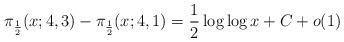
LaTeX: \begin{align*}\pi_{\frac{1}{2}}(x; 4, 3)-\pi_{\frac{1}{2}}(x; 4, 1) = \frac{1}{2} \log \log x+C+o(1)\end{align*}